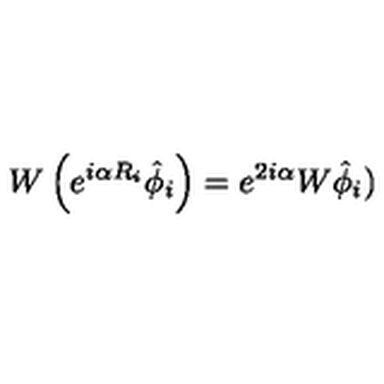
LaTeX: W \left( e ^ { i \alpha R _ { i } } \hat { \phi } _ { i } \right) = e ^ { 2 i \alpha } W \hat { \phi } _ { i } )